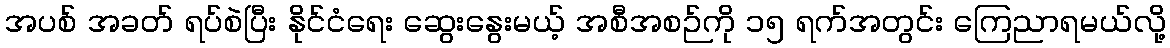
အပစ် အခတ် ရပ်စဲပြီး နိုင်ငံရေး ဆွေးနွေးမယ့် အစီအစဉ်ကို ၁၅ ရက်အတွင်း ကြေညာရမယ်လို့